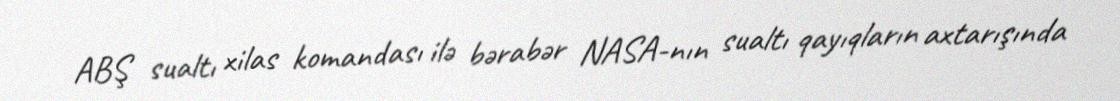
ABŞ sualtı xilas komandası ilə bərabər NASA-nın sualtı qayıqların axtarışında